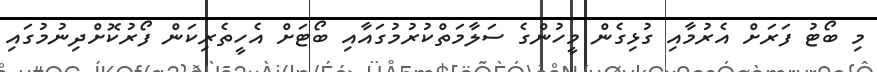
މި ބޯޓު ފަރަށް އެރުމާއި ގުޅިގެން މީހުންގެ ސަލާމަތްކުރުމުގައާއި ބޯޓަށް އެހީތެރިކަން ފޯރުކޮށްދިނުމުގައި